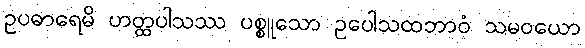
ဥပဓာရေမိ ဟတ္ထပါသဿ ပစ္စူသော ဥပေါသထဘာဝံ သမဝယော